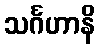
သင်္ဂဟာနိ